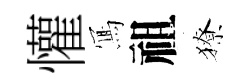
懽𭂁祖獠